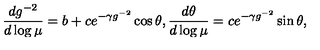
\frac { d g ^ { - 2 } } { d \log \mu } = b + c e ^ { - \gamma g ^ { - 2 } } \cos \theta , \frac { d \theta } { d \log \mu } = c e ^ { - \gamma g ^ { - 2 } } \sin \theta ,